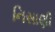
નિસાણી